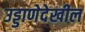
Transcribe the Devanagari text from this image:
उड्डाणेदेखील